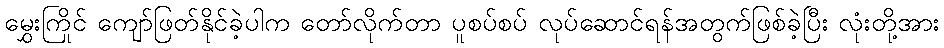
မွှေးကြိုင် ကျော်ဖြတ်နိုင်ခဲ့ပါက တော်လိုက်တာ ပူစပ်စပ် လုပ်ဆောင်ရန်အတွက်ဖြစ်ခဲ့ပြီး လုံးတို့အား